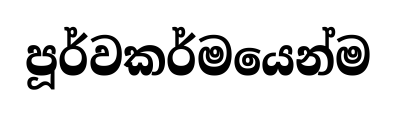
පූර්වකර්මයෙන්ම